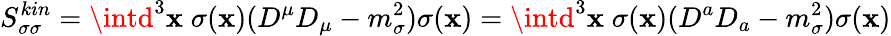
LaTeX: S_{\sigma\sigma}^{kin}=\intd^{3}\mathbf{x}\; \sigma(\mathbf{x})(D^{\mu}D_{\mu}-m_{\sigma}^{2})\sigma(\mathbf{x})=\intd^{3}\mathbf{x}\; \sigma(\mathbf{x})(D^{a}D_{a}-m_{\sigma}^{2})\sigma(\mathbf{x})